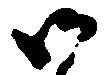
御